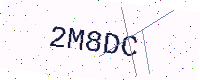
Text: 2M8DC